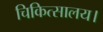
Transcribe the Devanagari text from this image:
चिकित्सालय।